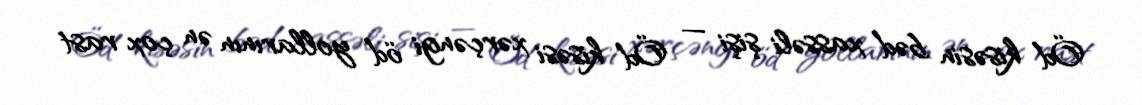
Öd kisəsin bəd xassəli şişi — Öd kisəsi xərçəngi öd yollarının ən çox rast